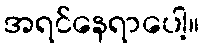
အရင်နေရာပေါ့။